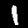
Label: 1